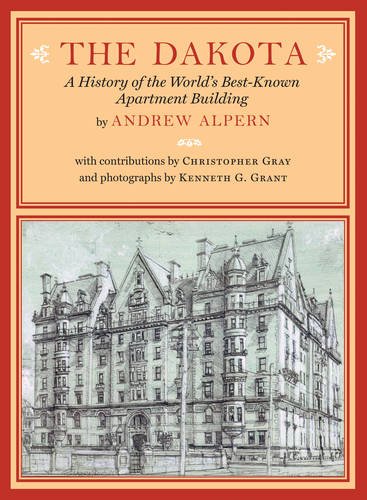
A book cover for The Dakota: A History of the World's Best-Known Apartment Building; Andrew Alpern; Crafts, Hobbies & Home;